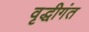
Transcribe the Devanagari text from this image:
वृद्धीगंत